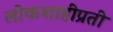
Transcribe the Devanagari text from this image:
लोकशाहीप्रती